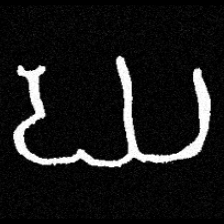
Pyu character \u2014 Myanmar letter: ဃ (romanized: gha)